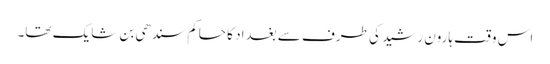
اس وقت ہارون رشید کی طرف سے بغداد کا حاکم سندھی بن شایک تھا۔